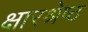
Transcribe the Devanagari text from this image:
क्षारश्रेष्ठ